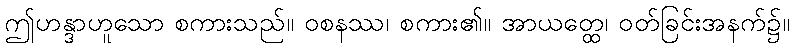
ဤဟန္ဒာဟူသော စကားသည်။ ဝစနဿ၊ စကား၏။ အာယတ္ထေ၊ ဝတ်ခြင်းအနက်၌။